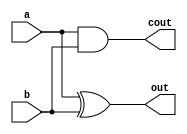
module HalfAdder(a, b, cout, out);
   input wire a, b;
   output wire cout, out;
   
   assign out = a ^ b;
   assign cout = a & b;
   

endmodule // HalfAdder

module FullAdder(a, b, cin, cout, out);
   parameter n = 8;
   
   input wire [n-1:0] a, b;
   input wire	 cin;
   output wire	 cout;
   output wire [n-1:0] out;
   
   assign {cout, out} = a + b + cin;
   
endmodule // FullAdder


module AddSub1(a, b, sub, ovf, out);
   parameter n = 8;

   input wire [n-1:0] a, b;
   input wire	 sub;
   output wire [n-1:0] out;
   output wire	  ovf;
   wire		  c1, c2;
   assign ovf = c1 ^ c2;

   FullAdder #(n-1) fa1(a[n-2:0], b[n-2:0] ^ {n-1{sub}}, sub, c1, out[n-2:0]);
   FullAdder #(1) fa2(a[n-1], b[n-1] ^ sub, c1, c2, out[n-1]);
   
endmodule // AddSub1

module AddSub2(a, b, sub, ovf, out);
   parameter n = 8;

   input [n-1:0] a, b;
   input	 sub;
   output [n-1:0] out;
   output	  ovf;
   wire		  c1, c2;
   wire		  ovf = c1 ^ c2;

   assign {c1, out[n-2:0]} = a[n-2:0] + (b[n-2:0] ^ {n-1{sub}}) + sub;
   assign {c2, out[n-1]} = a[n-1] + (b[n-1] ^ sub) + c1;
   
   
endmodule // AddSub2

module Mul4(a, b, p);
   input wire [3:0] a, b;
   output wire [7:0]	p;

   wire [3:0] pp0 = a & {4{b[0]}} ;
   wire [3:0] pp1 = a & {4{b[1]}} ;
   wire [3:0] pp2 = a & {4{b[2]}} ;
   wire [3:0] pp3 = a & {4{b[3]}} ;

   wire	      cout1, cout2, cout3 ;

   wire [3:0] s1, s2, s3;
   FullAdder #(4) a1(pp1, {1'b0, pp0[3:1]}, 1'b0, cout1, s1);
   FullAdder #(4) a2(pp2, {cout1, s1[3:1]}, 1'b0, cout2, s2);
   FullAdder #(4) a3(pp3, {cout2, s2[3:1]}, 1'b0, cout3, s3);

   assign p = {cout3, s3, s2[0], s1[0], pp0[0]};
   
endmodule // Mul4